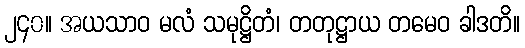
၂၄၀။ အယသာဝ မလံ သမုဋ္ဌိတံ၊ တတုဋ္ဌာယ တမေဝ ခါဒတိ။